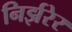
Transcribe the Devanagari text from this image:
निर्झरेर